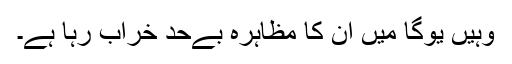
وہیں یوگا میں ان کا مظاہرہ بےحد خراب رہا ہے۔